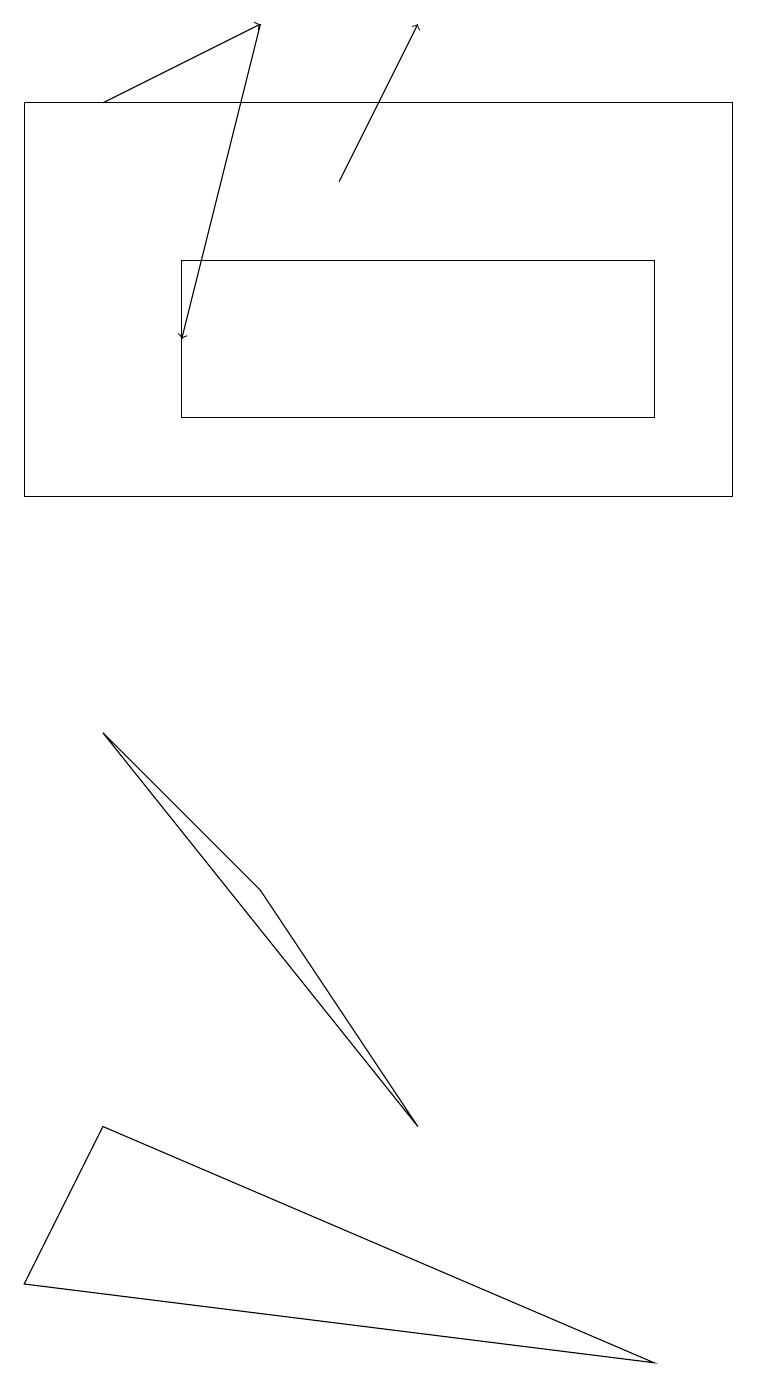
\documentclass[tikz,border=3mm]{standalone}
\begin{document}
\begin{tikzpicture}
\draw (0,17) rectangle (9,12);
\draw (3,7) -- (1,9) -- (5,4) -- cycle;
\draw[->] (1,17) -- (3,18);
\draw (8,13) rectangle (2,15);
\draw (0,2) -- (8,1) -- (1,4) -- cycle;
\draw[->] (3,18) -- (2,14);
\draw[->] (4,16) -- (5,18);
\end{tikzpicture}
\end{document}